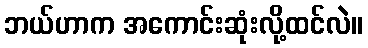
ဘယ်ဟာက အကောင်းဆုံးလို့ထင်လဲ။